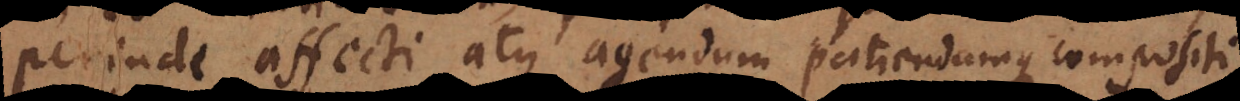
perinde affecti atque agendum patiendumque compositi